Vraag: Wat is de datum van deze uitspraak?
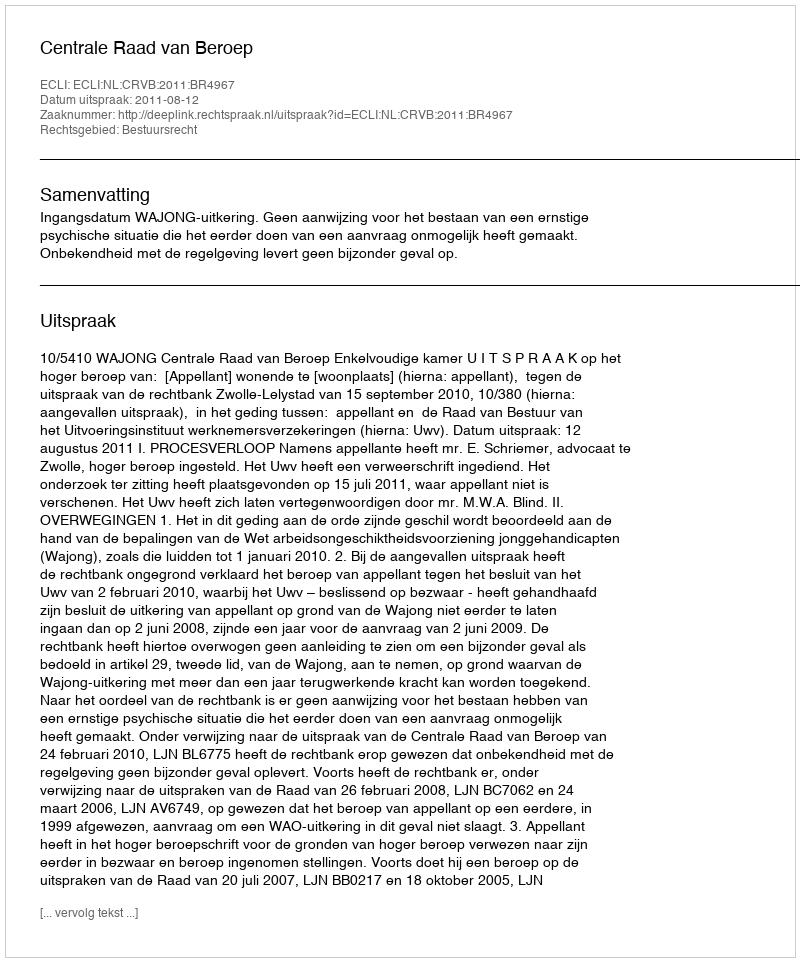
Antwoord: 2011-08-12